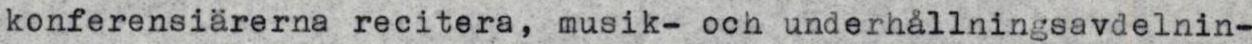
konferensiärerna recitera, musik- och underhållningsavdelnin-